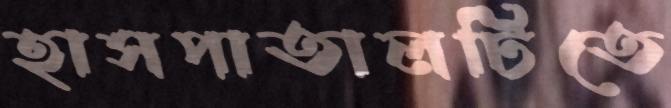
হাসপাতালটিতে